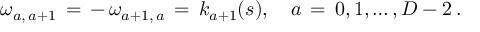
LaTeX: \omega _ { a , \, a + 1 } \, = \, - \, \omega _ { a + 1 , \, a } \, = \, k _ { a + 1 } ( s ) , \quad a \, = \, 0 , 1 , \ldots , D - 2 \, { . }